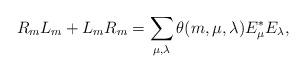
LaTeX: \begin{align*}R_mL_m + L_mR_m= \sum_{\mu,\lambda}\theta(m,\mu,\lambda) E_\mu^* E_\lambda,\end{align*}